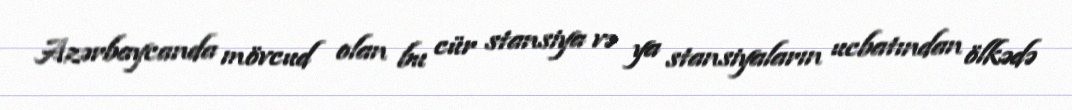
Azərbaycanda mövcud olan bu cür stansiya və ya stansiyaların ucbatından ölkədə